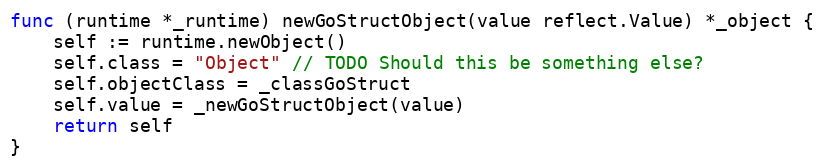
Language: Go
func (runtime *_runtime) newGoStructObject(value reflect.Value) *_object {
	self := runtime.newObject()
	self.class = "Object" // TODO Should this be something else?
	self.objectClass = _classGoStruct
	self.value = _newGoStructObject(value)
	return self
}